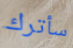
سأترك